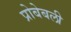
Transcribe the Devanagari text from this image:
प्रोबेबली